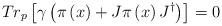
LaTeX: \begin{align*}Tr_p\left[ \gamma \left( \pi \left( x\right) +J\pi \left( x\right)J^{\dagger }\right) \right] =0\end{align*}